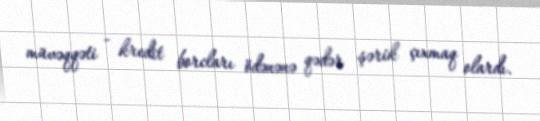
müvəqqəti - kredit borcları ödənənə qədər şərik çıxmaq olardı.